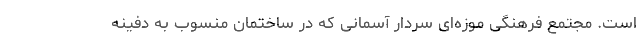
است. مجتمع فرهنگی موزه‌ای سردار آسمانی که در ساختمان منسوب به دفینه